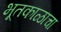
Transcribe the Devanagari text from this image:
भूतकाळाचा